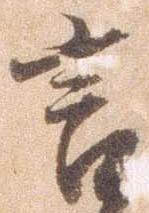
言